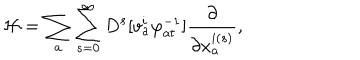
LaTeX: { \cal H } = \sum _ { a } \sum _ { s = 0 } ^ { \infty } D ^ { s } [ v _ { a } ^ { i } \varphi _ { a t } ^ { - 1 } ] \frac { \partial } { \partial x _ { a } ^ { i ( s ) } } ,